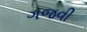
ગજવી